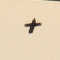
+